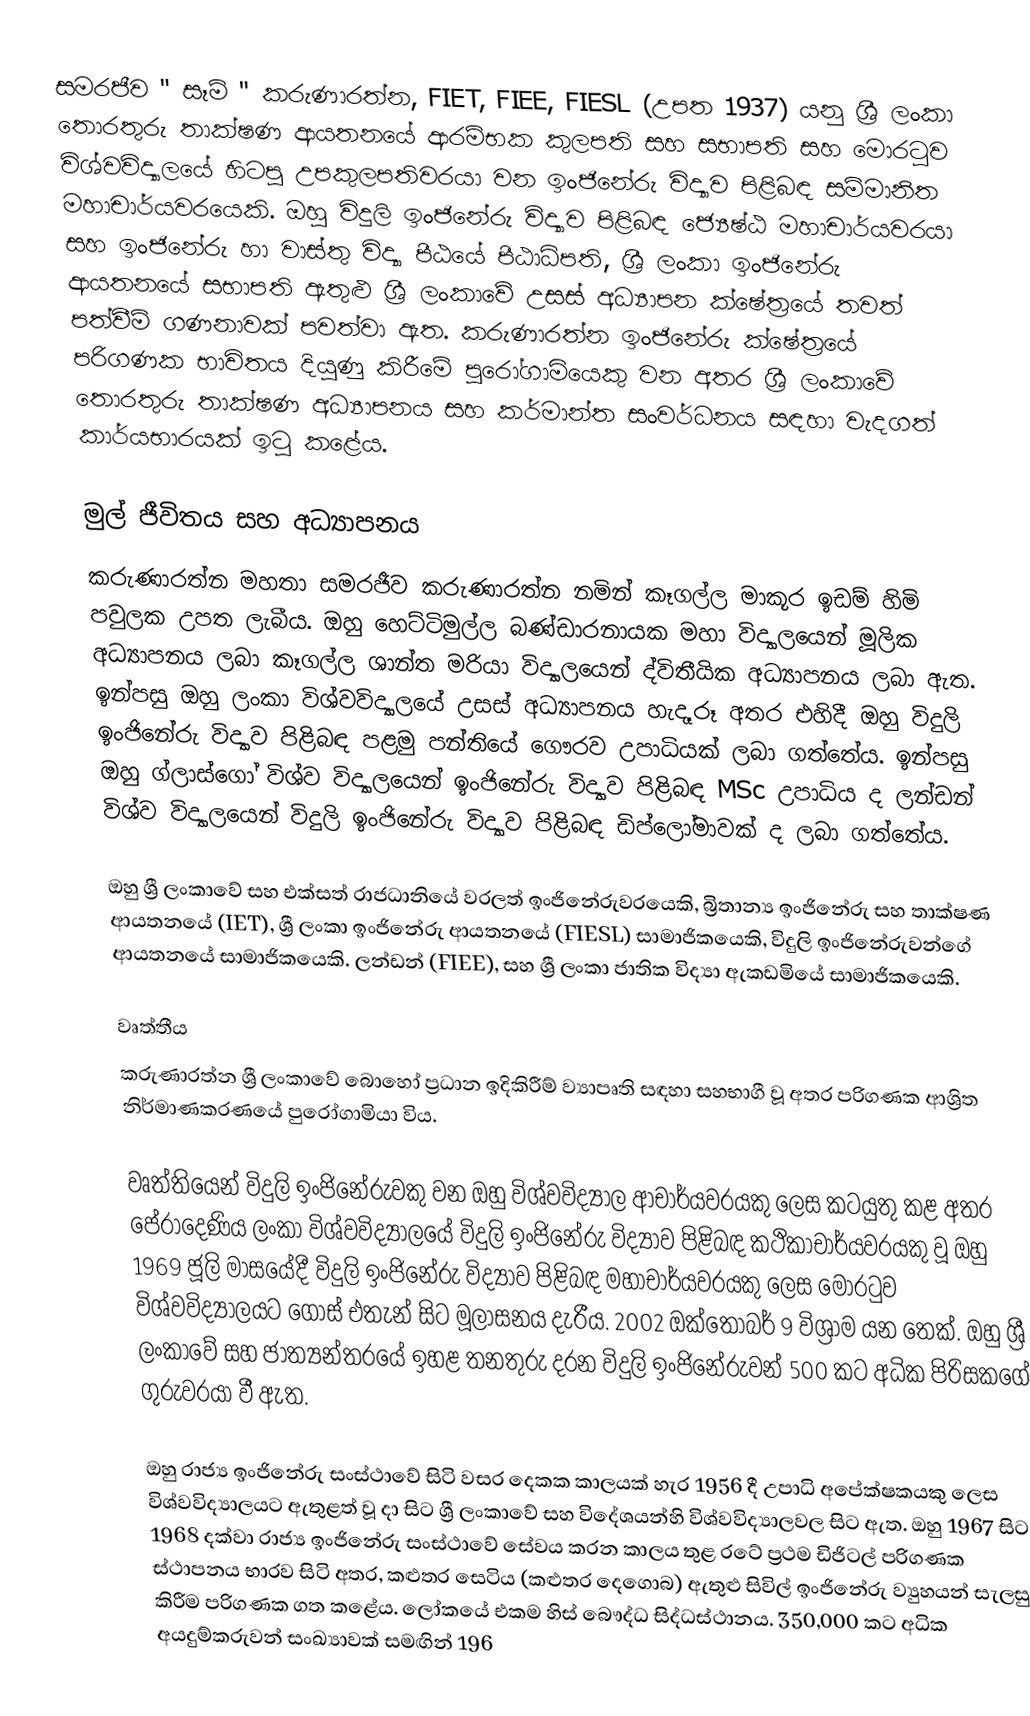
සමරජීව " සෑම් " කරුණාරත්න, FIET, FIEE, FIESL (උපත 1937) යනු ශ්‍රී ලංකා තොරතුරු තාක්ෂණ ආයතනයේ ආරම්භක කුලපති සහ සභාපති සහ මොරටුව විශ්වවිද්‍යාලයේ හිටපු උපකුලපතිවරයා වන ඉංජිනේරු විද්‍යාව පිළිබඳ සම්මානිත මහාචාර්යවරයෙකි. ඔහු විදුලි ඉංජිනේරු විද්‍යාව පිළිබඳ ජ්‍යෙෂ්ඨ මහාචාර්යවරයා සහ ඉංජිනේරු හා වාස්තු විද්‍යා පීඨයේ පීඨාධිපති, ශ්‍රී ලංකා ඉංජිනේරු ආයතනයේ සභාපති ඇතුළු ශ්‍රී ලංකාවේ උසස් අධ්‍යාපන ක්ෂේත්‍රයේ තවත් පත්වීම් ගණනාවක් පවත්වා ඇත. කරුණාරත්න ඉංජිනේරු ක්ෂේත්‍රයේ පරිගණක භාවිතය දියුණු කිරීමේ පුරෝගාමියෙකු වන අතර ශ්‍රී ලංකාවේ තොරතුරු තාක්ෂණ අධ්‍යාපනය සහ කර්මාන්ත සංවර්ධනය සඳහා වැදගත් කාර්යභාරයක් ඉටු කළේය.

මුල් ජීවිතය සහ අධ්‍යාපනය
කරුණාරත්න මහතා සමරජීව කරුණාරත්න නමින් කෑගල්ල මාකූර ඉඩම් හිමි පවුලක උපත ලැබීය. ඔහු හෙට්ටිමුල්ල බණ්ඩාරනායක මහා විද්‍යාලයෙන් මූලික අධ්‍යාපනය ලබා කෑගල්ල ශාන්ත මරියා විද්‍යාලයෙන් ද්විතීයික අධ්‍යාපනය ලබා ඇත. ඉන්පසු ඔහු ලංකා විශ්වවිද්‍යාලයේ උසස් අධ්‍යාපනය හැදෑරූ අතර එහිදී ඔහු විදුලි ඉංජිනේරු විද්‍යාව පිළිබඳ පළමු පන්තියේ ගෞරව උපාධියක් ලබා ගත්තේය. ඉන්පසු ඔහු ග්ලාස්ගෝ විශ්ව විද්‍යාලයෙන් ඉංජිනේරු විද්‍යාව පිළිබඳ MSc උපාධිය ද ලන්ඩන් විශ්ව විද්‍යාලයෙන් විදුලි ඉංජිනේරු විද්‍යාව පිළිබඳ ඩිප්ලෝමාවක් ද ලබා ගත්තේය.

ඔහු ශ්‍රී ලංකාවේ සහ එක්සත් රාජධානියේ වරලත් ඉංජිනේරුවරයෙකි, බ්‍රිතාන්‍ය ඉංජිනේරු සහ තාක්ෂණ ආයතනයේ (IET), ශ්‍රී ලංකා ඉංජිනේරු ආයතනයේ (FIESL) සාමාජිකයෙකි, විදුලි ඉංජිනේරුවන්ගේ ආයතනයේ සාමාජිකයෙකි. ලන්ඩන් (FIEE), සහ ශ්‍රී ලංකා ජාතික විද්‍යා ඇකඩමියේ සාමාජිකයෙකි.

වෘත්තීය
කරුණාරත්න ශ්‍රී ලංකාවේ බොහෝ ප්‍රධාන ඉදිකිරීම් ව්‍යාපෘති සඳහා සහභාගී වූ අතර පරිගණක ආශ්‍රිත නිර්මාණකරණයේ පුරෝගාමියා විය.

වෘත්තියෙන් විදුලි ඉංජිනේරුවකු වන ඔහු විශ්වවිද්‍යාල ආචාර්යවරයකු ලෙස කටයුතු කළ අතර පේරාදෙණිය ලංකා විශ්වවිද්‍යාලයේ විදුලි ඉංජිනේරු විද්‍යාව පිළිබඳ කථිකාචාර්යවරයකු වූ ඔහු 1969 ජූලි මාසයේදී විදුලි ඉංජිනේරු විද්‍යාව පිළිබඳ මහාචාර්යවරයකු ලෙස මොරටුව විශ්වවිද්‍යාලයට ගොස් එතැන් සිට මූලාසනය දැරීය. 2002 ඔක්තෝබර් 9 විශ්‍රාම යන තෙක්. ඔහු ශ්‍රී ලංකාවේ සහ ජාත්‍යන්තරයේ ඉහළ තනතුරු දරන විදුලි ඉංජිනේරුවන් 500 කට අධික පිරිසකගේ ගුරුවරයා වී ඇත.

ඔහු රාජ්‍ය ඉංජිනේරු සංස්ථාවේ සිටි වසර දෙකක කාලයක් හැර 1956 දී උපාධි අපේක්ෂකයකු ලෙස විශ්වවිද්‍යාලයට ඇතුළත් වූ දා සිට ශ්‍රී ලංකාවේ සහ විදේශයන්හි විශ්වවිද්‍යාලවල සිට ඇත. ඔහු 1967 සිට 1968 දක්වා රාජ්‍ය ඉංජිනේරු සංස්ථාවේ සේවය කරන කාලය තුළ රටේ ප්‍රථම ඩිජිටල් පරිගණක ස්ථාපනය භාරව සිටි අතර, කළුතර සෙටිය (කළුතර දෙගොබ) ඇතුළු සිවිල් ඉංජිනේරු ව්‍යුහයන් සැලසුම් කිරීම පරිගණක ගත කළේය. ලෝකයේ එකම හිස් බෞද්ධ සිද්ධස්ථානය. 350,000 කට අධික අයදුම්කරුවන් සංඛ්‍යාවක් සමඟින් 196